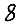
Digit: 8